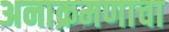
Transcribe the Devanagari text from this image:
अनाक्रमणाचा